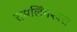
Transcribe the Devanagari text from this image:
रामलिंगेश्‍वरा